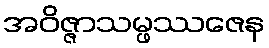
အဝိဇ္ဇာသမ္ဖဿဇေန